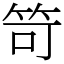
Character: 笴